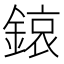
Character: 鎄